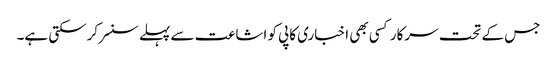
جس کے تحت سرکار کسی بھی اخباری کاپی کو اشاعت سے پہلے سنسر کرسکتی ہے۔